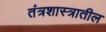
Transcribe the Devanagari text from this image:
तंत्रशास्त्रातील